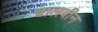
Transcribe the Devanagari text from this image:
चालवीन